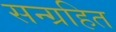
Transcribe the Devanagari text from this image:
सन्ग्रहित